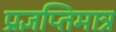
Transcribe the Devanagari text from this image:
प्रज्ञप्तिमात्र